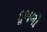
દૂબળો